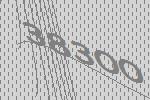
38300